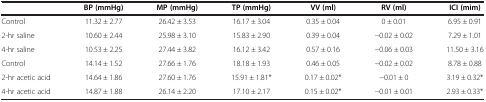
<table><thead><tr><td><b> </b></td><td><b>BP (mmHg)</b></td><td><b>MP (mmHg)</b></td><td><b>TP (mmHg)</b></td><td><b>VV (ml)</b></td><td><b>RV (ml)</b></td><td><b>ICI (mim)</b></td></tr></thead><tbody><tr><td>Control</td><td>11.32 ± 2.77</td><td>26.42 ± 3.53</td><td>16.17 ± 3.04</td><td>0.35 ± 0.04</td><td>0 ± 0.01</td><td>6.95 ± 0.91</td></tr><tr><td>2-hr saline</td><td>10.60 ± 2.44</td><td>25.98 ± 3.10</td><td>15.83 ± 2.90</td><td>0.39 ± 0.04</td><td>-0.02 ± 0.02</td><td>7.29 ± 1.01</td></tr><tr><td>4-hr saline</td><td>10.53 ± 2.25</td><td>27.44 ± 3.82</td><td>16.12 ± 3.42</td><td>0.57 ± 0.16</td><td>-0.06 ± 0.03</td><td>11.50 ± 3.16</td></tr><tr><td>Control</td><td>14.14 ± 1.52</td><td>27.66 ± 1.76</td><td>18.18 ± 1.93</td><td>0.46 ± 0.05</td><td>-0.02 ± 0.02</td><td>8.78 ± 0.88</td></tr><tr><td>2-hr acetic acid</td><td>14.64 ± 1.86</td><td>27.60 ± 1.76</td><td>15.91 ± 1.81*</td><td>0.17 ± 0.02*</td><td>-0.01 ± 0</td><td>3.19 ± 0.32*</td></tr><tr><td>4-hr acetic acid</td><td>14.87 ± 1.88</td><td>26.14 ± 2.20</td><td>17.10 ± 2.17</td><td>0.15 ± 0.02*</td><td>-0.01 ± 0.01</td><td>2.93 ± 0.33*</td></tr></tbody></table>